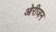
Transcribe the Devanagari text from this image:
ओरीजन